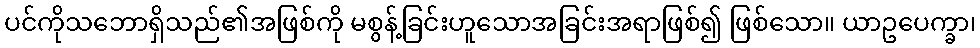
ပင်ကိုသဘောရှိသည်၏အဖြစ်ကို မစွန့်ခြင်းဟူသောအခြင်းအရာဖြစ်၍ ဖြစ်သော။ ယာဥပေက္ခာ၊